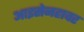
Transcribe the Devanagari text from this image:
आइसेनहावर